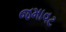
જમાવટ